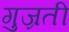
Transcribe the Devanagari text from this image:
गुज्रती